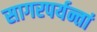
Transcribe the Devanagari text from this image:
सागरपर्यन्तां